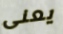
يعنى